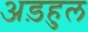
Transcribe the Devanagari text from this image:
अड़हुल